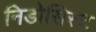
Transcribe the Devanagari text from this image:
निडोसिस्ट